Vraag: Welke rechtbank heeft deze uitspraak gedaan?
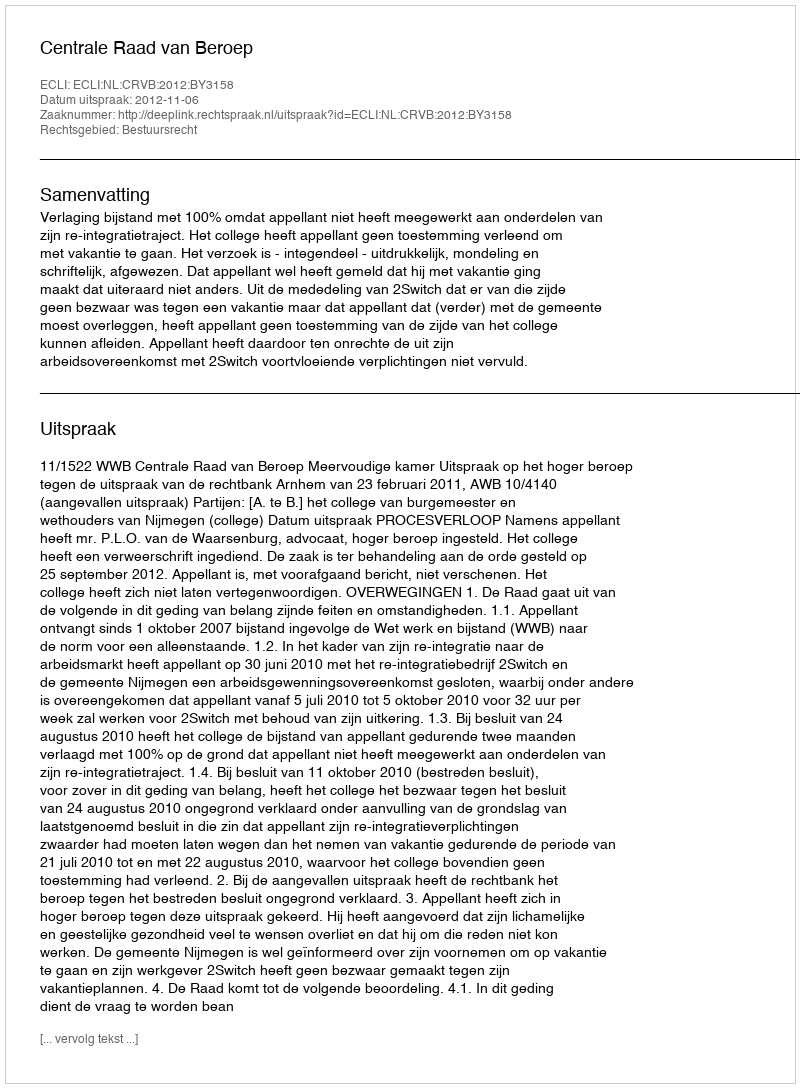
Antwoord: Centrale Raad van Beroep